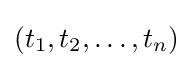
(t_{1},t_{2},\ldots ,t_{n})